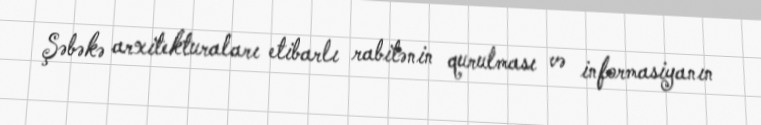
Şəbəkə arxitekturaları etibarlı rabitənin qurulması və informasiyanın